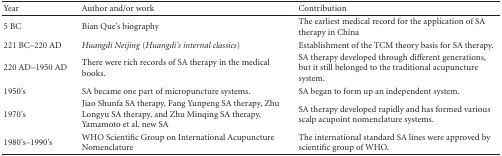
<table><thead><tr><td><b>Year</b></td><td><b>Author and/or work</b></td><td><b>Contribution</b></td></tr></thead><tbody><tr><td>5 BC</td><td>Bian Que&#x27;s biography</td><td>The earliest medical record for the application of SA therapy in China</td></tr><tr><td>221 BC–220 AD</td><td><i>Huangdi Neijing </i>(<i>Huangdi&#x27;s internal classics</i>)</td><td>Establishment of the TCM theory basis for SA therapy.</td></tr><tr><td>220 AD–1950 AD</td><td>There were rich records of SA therapy in the medical books.</td><td>SA therapy developed through different generations, but it still belonged to the traditional acupuncture system.</td></tr><tr><td>1950&#x27;s</td><td>SA became one part of micropuncture systems.</td><td>SA began to form up an independent system.</td></tr><tr><td>1970&#x27;s</td><td>Jiao Shunfa SA therapy, Fang Yunpeng SA therapy, Zhu Longyu SA therapy, and Zhu Minqing SA therapy, Yamamoto et al. new SA</td><td>SA therapy developed rapidly and has formed various scalp acupoint nomenclature systems.</td></tr><tr><td>1980&#x27;s–1990&#x27;s</td><td>WHO Scientific Group on International Acupuncture Nomenclature</td><td>The international standard SA lines were approved by scientific group of WHO.</td></tr></tbody></table>